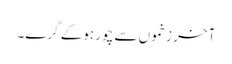
آخر زخموں سے چور ہوکے گرے۔